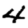
Digit: 4